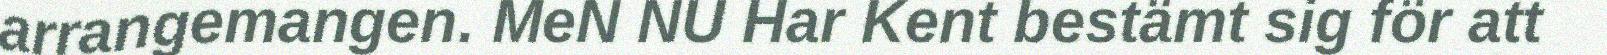
arrangemangen. MeN NU Har Kent bestämt sig för att